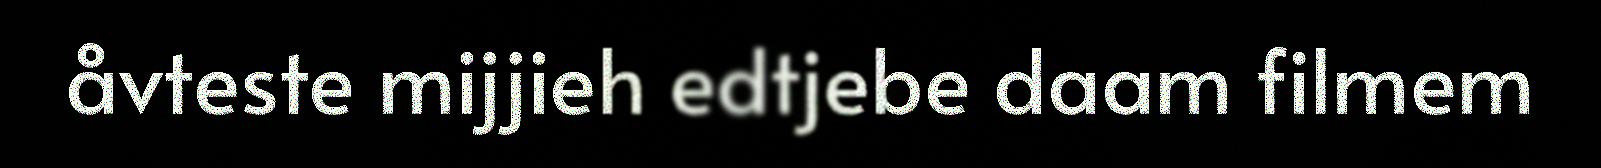
åvteste mijjieh edtjebe daam filmem